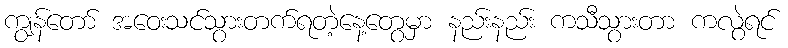
ကျွန်တော် အဝေးသင်သွားတက်ရတဲ့နေ့တွေမှာ နည်းနည်း ကသီသွားတာ ကလွဲရင်